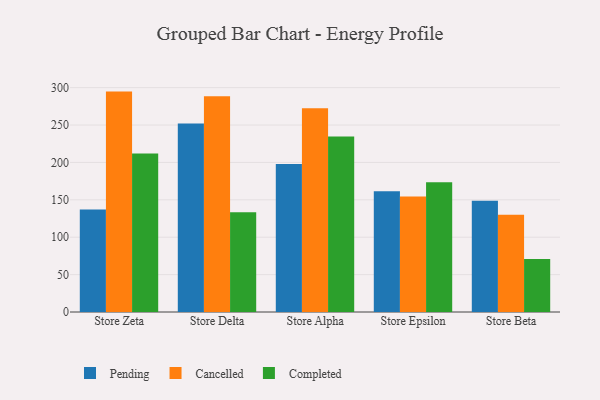
{"axis": {"x": "Store", "y": "LTV (USD)"}, "legend": ["Cancelled", "Completed", "Pending"], "data": [{"x": "Store Zeta", "y": 137.1, "type": "Pending"}, {"x": "Store Zeta", "y": 294.7, "type": "Cancelled"}, {"x": "Store Zeta", "y": 212.0, "type": "Completed"}, {"x": "Store Delta", "y": 252.1, "type": "Pending"}, {"x": "Store Delta", "y": 288.5, "type": "Cancelled"}, {"x": "Store Delta", "y": 133.4, "type": "Completed"}, {"x": "Store Alpha", "y": 197.8, "type": "Pending"}, {"x": "Store Alpha", "y": 272.5, "type": "Cancelled"}, {"x": "Store Alpha", "y": 234.7, "type": "Completed"}, {"x": "Store Epsilon", "y": 161.6, "type": "Pending"}, {"x": "Store Epsilon", "y": 154.5, "type": "Cancelled"}, {"x": "Store Epsilon", "y": 173.5, "type": "Completed"}, {"x": "Store Beta", "y": 148.9, "type": "Pending"}, {"x": "Store Beta", "y": 130.0, "type": "Cancelled"}, {"x": "Store Beta", "y": 70.8, "type": "Completed"}]}